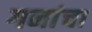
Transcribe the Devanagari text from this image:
गनांचा